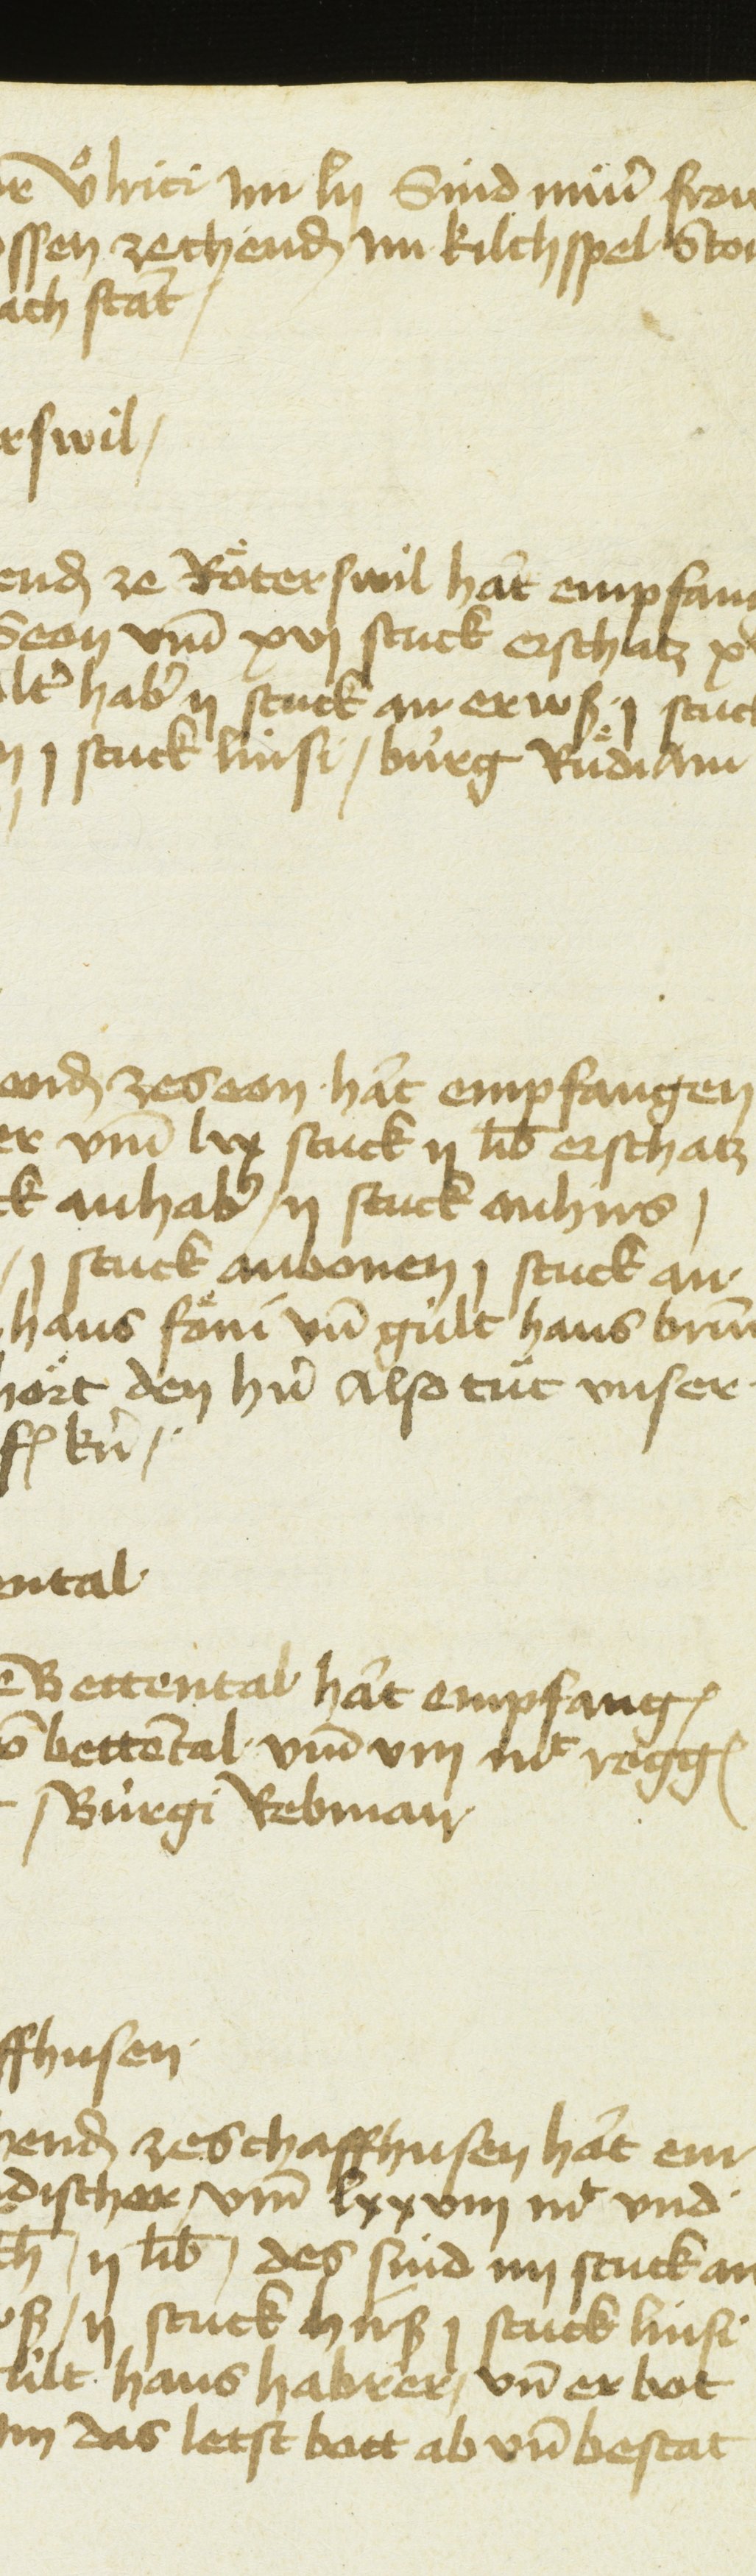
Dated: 1451–1457